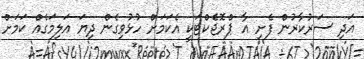
އަދި ސަރުކާރުން ފެށި އާ ޕްރޮޖެކްޓަކީ އެކަމަށް ހުޅުވިގެން ދިޔަ އަލިމަގެއް ކަމަށް